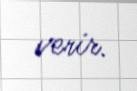
verir.